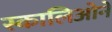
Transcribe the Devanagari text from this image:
स्कालिओने